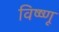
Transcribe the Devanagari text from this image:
विष्ष्णू